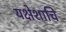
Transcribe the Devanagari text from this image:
यक्षेशाचि